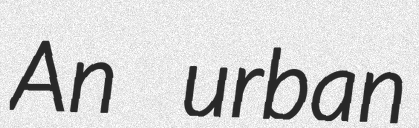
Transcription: An urban